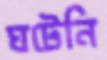
ঘটেনি